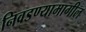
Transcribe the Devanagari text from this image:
निवडण्यामागील